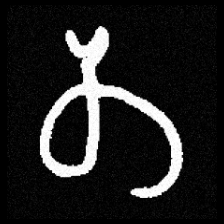
Pyu character \u2014 Myanmar letter: တ (romanized: ta)